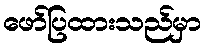
ဖော်ပြထားသည်မှာ